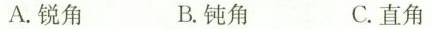
A.锐角 B.钝角 C.直角